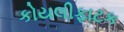
કોયલીફાટક